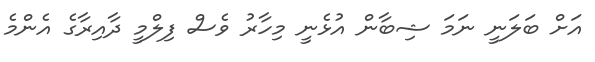
އަށް ބަލަނީ ނަމަ ޝިބާން އުޅެނީ މިހާރު ވެސް ފިލްމީ ދާއިރާގެ އެންމެ